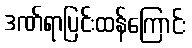
ဒဏ်ရာပြင်းထန်ကြောင်း